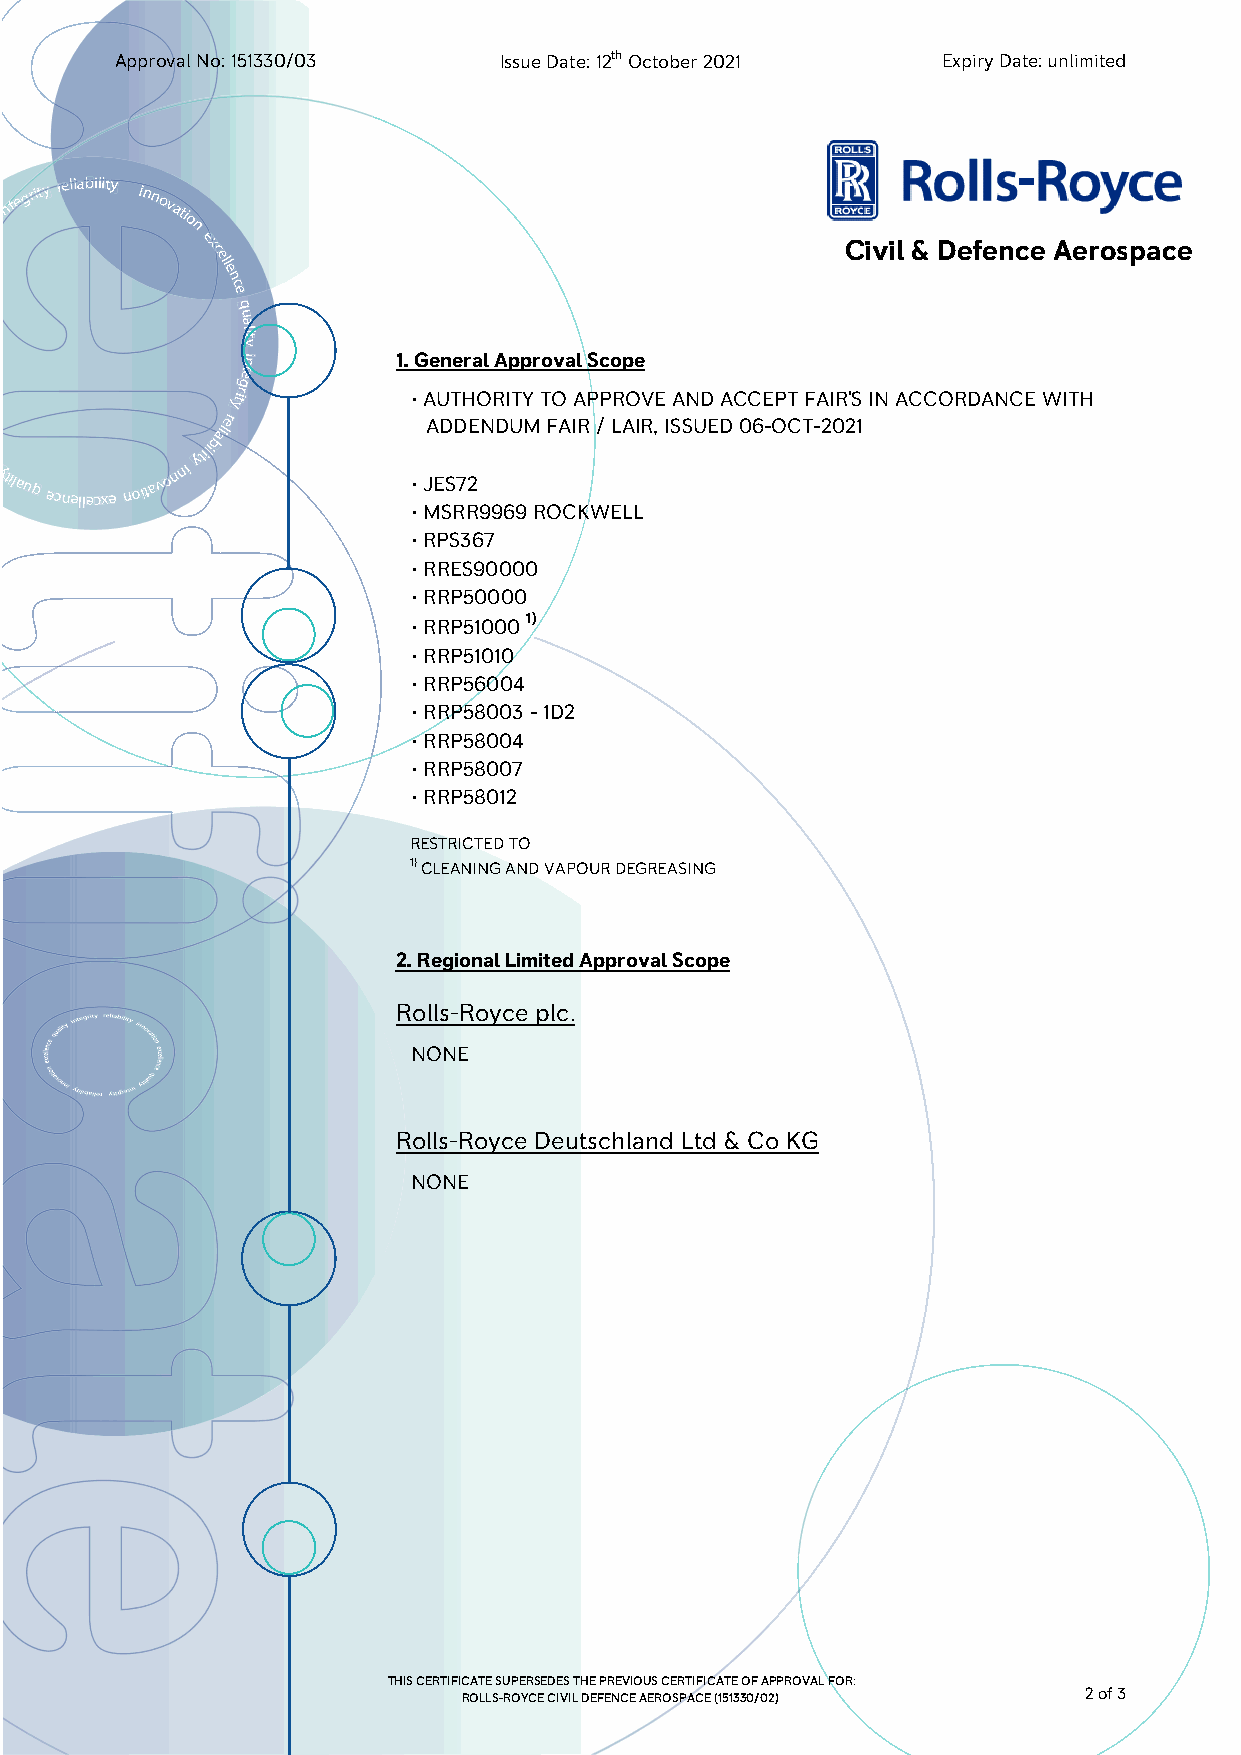
ApprovalNo:151330/03     IssueDate:12thOctober2021    ExpiryDate:unlimited
 inte
 grity reliability innovatio
 n
 exc                                        Civil & Defence Aerospace
 ell
 e
 n
 c
 e
 q
 u
 a
 lity
 ni        1.GeneralApprovalScope
 et
 g
 ytir
 •AUTHORITYTOAPPROVEANDACCEPTFAIR'SINACCORDANCEWITH
 bailer
 ADDENDUMFAIR/LAIR,ISSUED06-OCT-2021
 ytilauq
 ecnellecxe
 noita v o
 nni
 ytili
 •JES72
 •MSRR9969ROCKWELL
 •RPS367
 •RRES90000
 •RRP50000
 1)
 •RRP51000
 •RRP51010
 •RRP56004
 •RRP58003-1D2
 •RRP58004
 •RRP58007
 •RRP58012
 RESTRICTEDTO
 1)CLEANINGANDVAPOURDEGREASING
 2.RegionalLimitedApprovalScope
 Rolls-Royce plc.
 NONE
 Rolls-Royce Deutschland Ltd & Co KG
 NONE
 THISCERTIFICATESUPERSEDESTHEPREVIOUSCERTIFICATEOFAPPROVALFOR:
 ROLLS-ROYCECIVILDEFENCEAEROSPACE(151330/02) 2of3